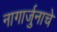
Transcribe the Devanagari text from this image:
नागार्जुनाचे